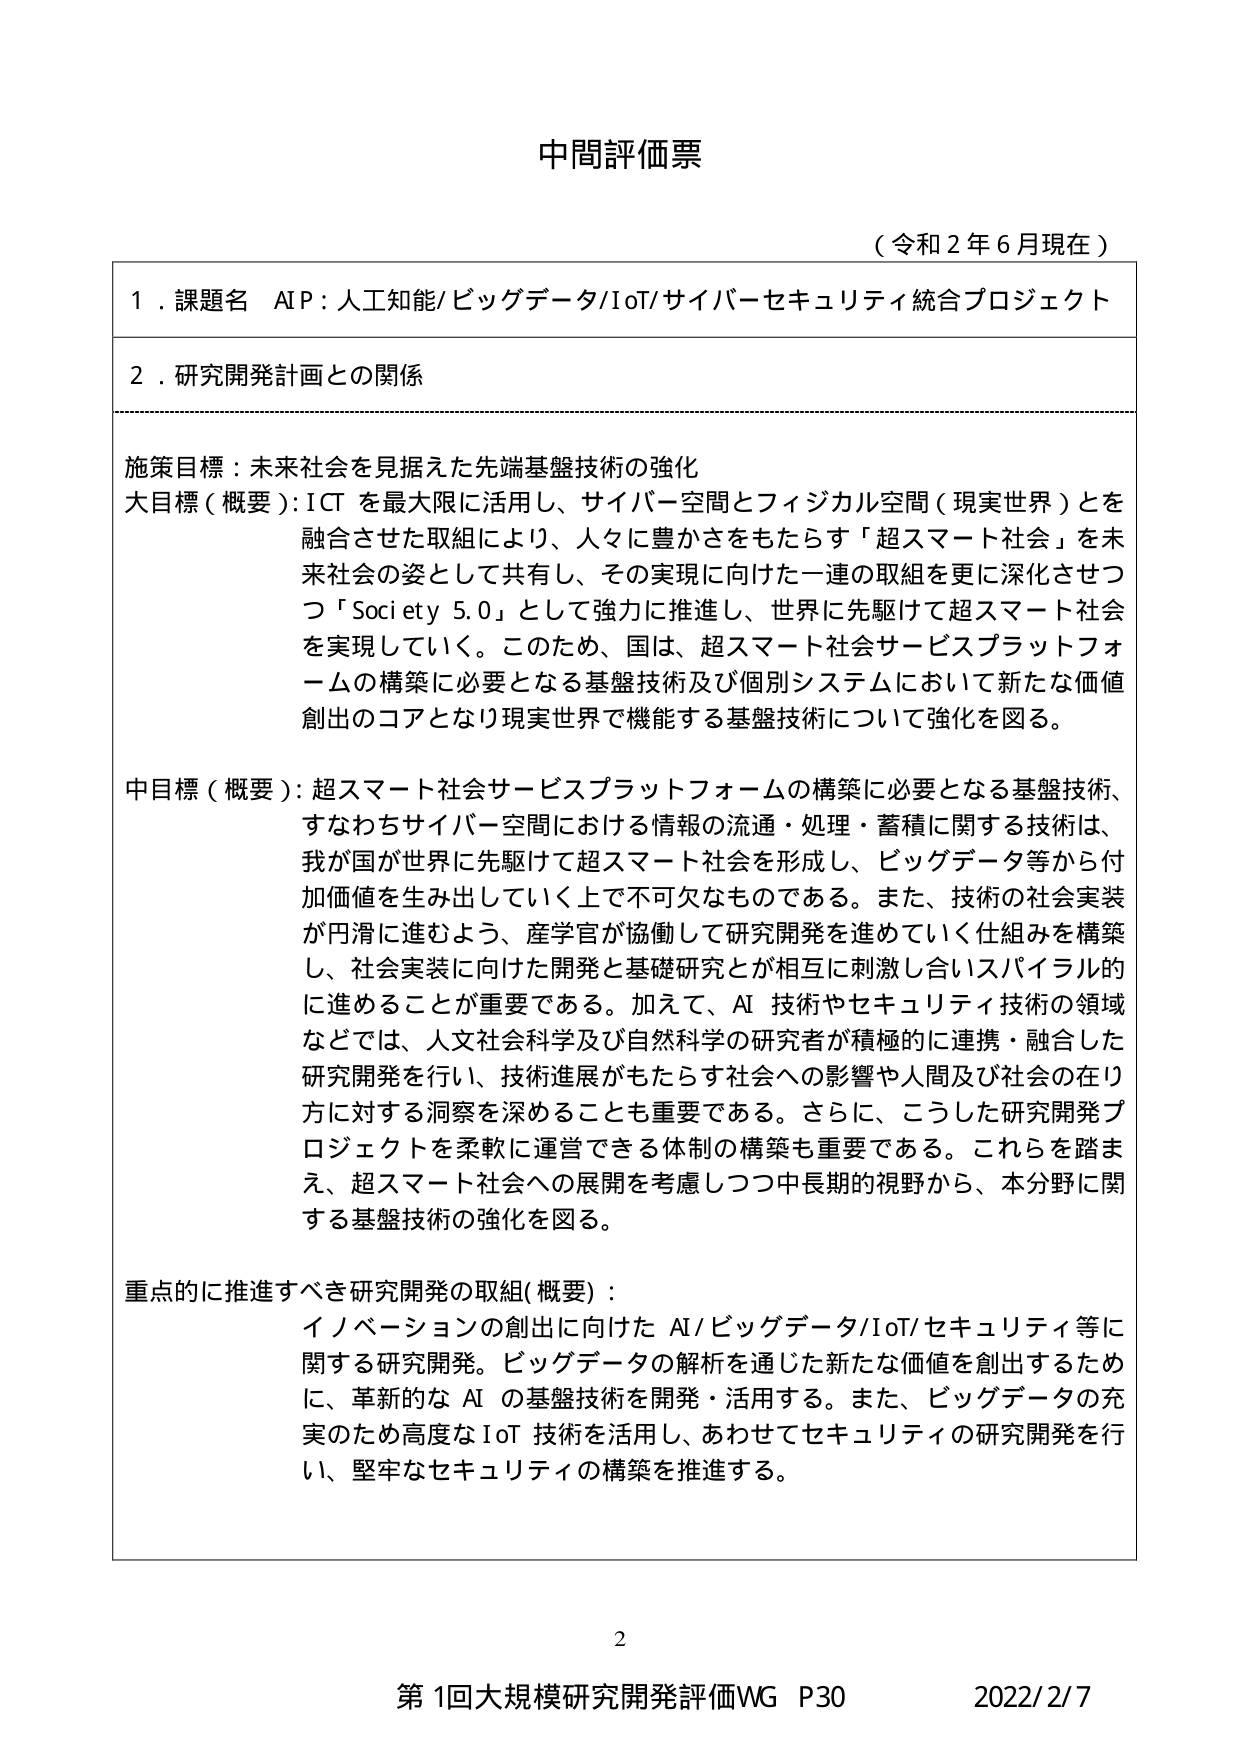
中間評価票

（令和２年６月現在）

１．課題名　AIP：人工知能/ビッグデータ/IoT/サイバーセキュリティ統合プロジェクト

２．研究開発計画との関係

施策目標：未来社会を見据えた先端基盤技術の強化

大目標（概要）：ICTを最大限に活用し、サイバー空間とフィジカル空間（現実世界）とを融合させた取組により、人々に豊かさをもたらす「超スマート社会」を未来社会の姿として共有し、その実現に向けた一連の取組を更に深化させつつ「Society 5.0」として強力に推進し、世界に先駆けて超スマート社会を実現していく。このため、国は、超スマート社会サービスプラットフォームの構築に必要となる基盤技術及び個別システムにおいて新たな価値創出のコアとなり現実世界で機能する基盤技術について強化を図る。

中目標（概要）：超スマート社会サービスプラットフォームの構築に必要となる基盤技術、すなわちサイバー空間における情報の流通・処理・蓄積に関する技術は、我が国が世界に先駆けて超スマート社会を形成し、ビッグデータ等から付加価値を生み出していく上で不可欠なものである。また、技術の社会実装が円滑に進むよう、産学官が協働して研究開発を進めていく仕組みを構築し、社会実装に向けた開発と基礎研究とが相互に刺激し合いスパイラル的に進めることが重要である。加えて、AI技術やセキュリティ技術の領域などでは、人文社会科学及び自然科学の研究者が積極的に連携・融合した研究開発を行い、技術進展がもたらす社会への影響や人間及び社会の在り方に対する洞察を深めることも重要である。さらに、こうした研究開発プロジェクトを柔軟に運営できる体制の構築も重要である。これらを踏まえ、超スマート社会への展開を考慮しつつ中長期的視野から、本分野に関する基盤技術の強化を図る。

重点的に推進すべき研究開発の取組（概要）：
イノベーションの創出に向けたAI/ビッグデータ/IoT/セキュリティ等に関する研究開発。ビッグデータの解析を通じた新たな価値を創出するために、革新的なAIの基盤技術を開発・活用する。また、ビッグデータの充実のため高度なIoT技術を活用し、あわせてセキュリティの研究開発を行い、堅牢なセキュリティの構築を推進する。

2

第1回大規模研究開発評価WG P30　　2022/2/7